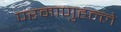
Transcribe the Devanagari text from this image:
परमाणुहल्ले